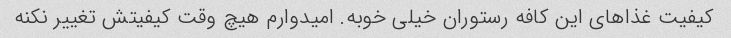
کیفیت غذاهای این کافه رستوران خیلی خوبه. امیدوارم هیچ وقت کیفیتش تغییر نکنه